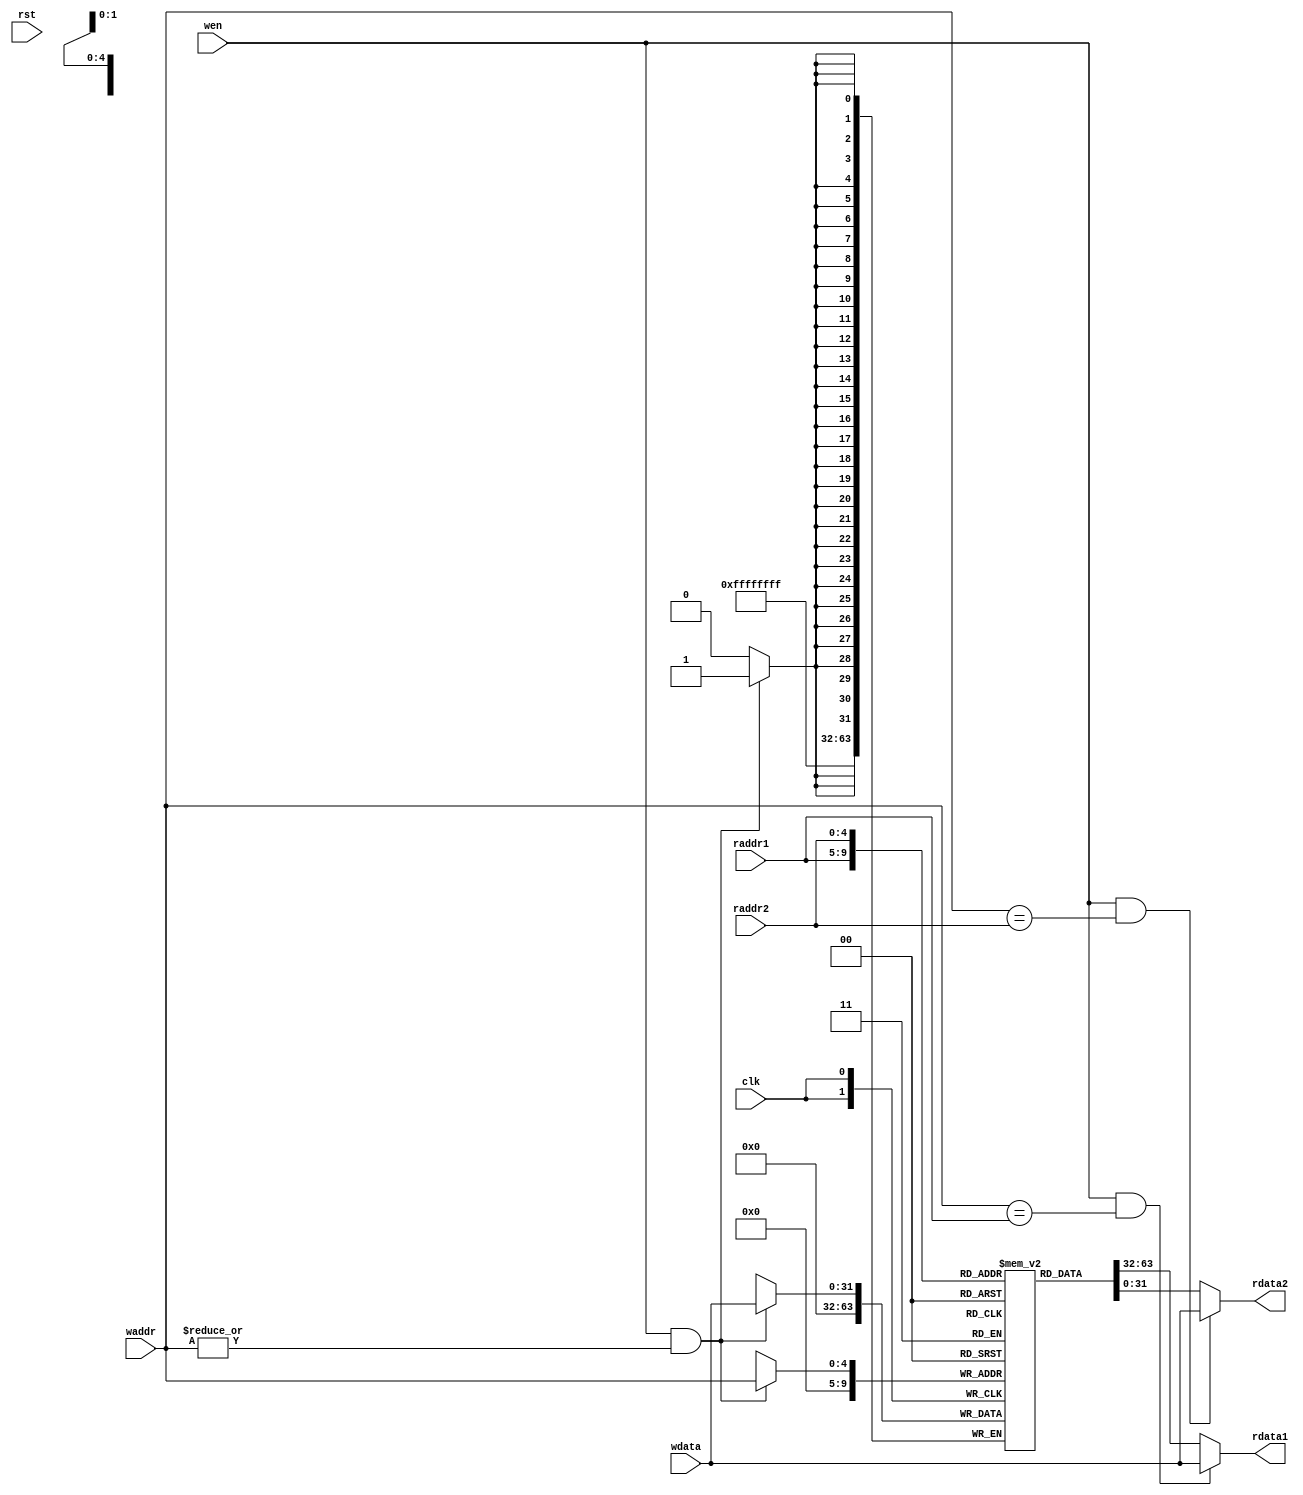
`ifdef PRJ1_FPGA_IMPL
	// the board does not have enough GPIO, so we implement 4 4-bit registers
    `define DATA_WIDTH 4
	`define ADDR_WIDTH 2
`else
   `define DATA_WIDTH 32
	`define ADDR_WIDTH 5
`endif

module reg_file(
	input clk,
	input rst,
	input [`ADDR_WIDTH - 1:0] waddr,
	input [`ADDR_WIDTH - 1:0] raddr1,
	input [`ADDR_WIDTH - 1:0] raddr2,
	input wen,
	input [`DATA_WIDTH - 1:0] wdata,
	output [`DATA_WIDTH - 1:0] rdata1,
	output [`DATA_WIDTH - 1:0] rdata2
);

reg [`DATA_WIDTH-1:0]  register [0:2**`ADDR_WIDTH - 1];
assign rdata1 = (wen && waddr == raddr1)? wdata : register[raddr1];// wdata

assign rdata2 = (wen && waddr == raddr2)? wdata : register[raddr2];// wdata


always @(posedge clk)
begin
	if(wen && |waddr ) register[waddr] <= wdata;//
    register[0] <= `DATA_WIDTH'b0;//00
end
endmodule